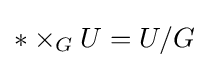
*\times _{G}U=U/G